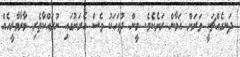
ދަނގެއްޗަކީ ވަރަށް އަމާން ރަށެކެވެ. މީން ދުވަހަކު ވެސް އެރަށުގައި ނުރައްކާތެރި މާރާމާރީއެއް